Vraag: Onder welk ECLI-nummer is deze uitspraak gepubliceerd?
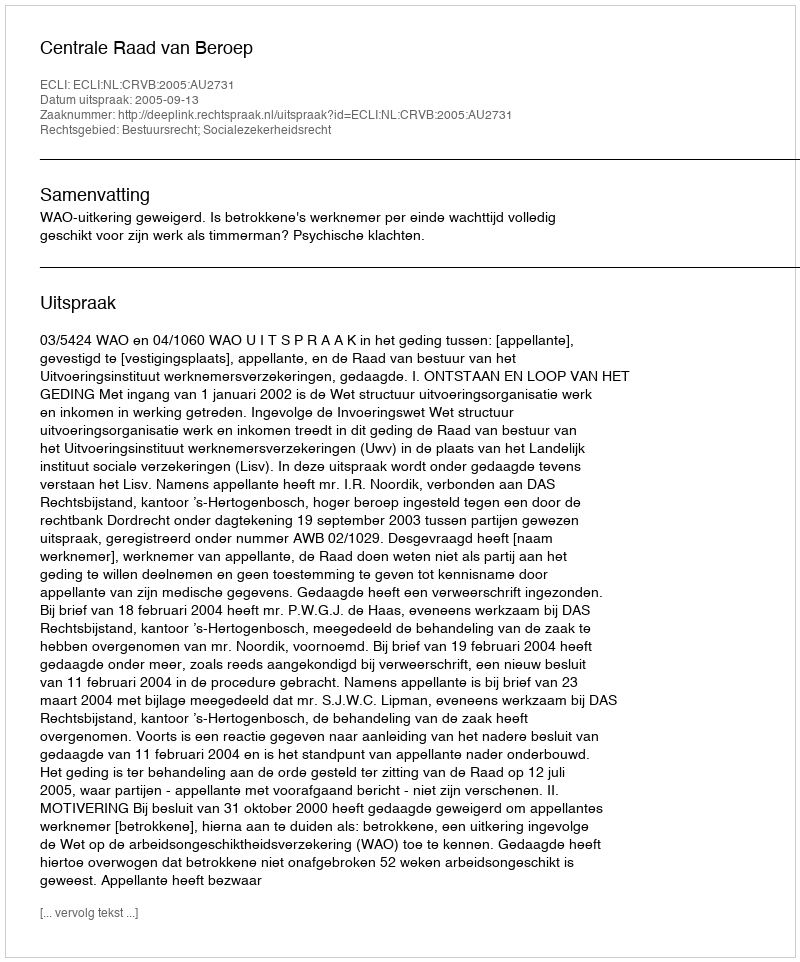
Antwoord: ECLI:NL:CRVB:2005:AU2731